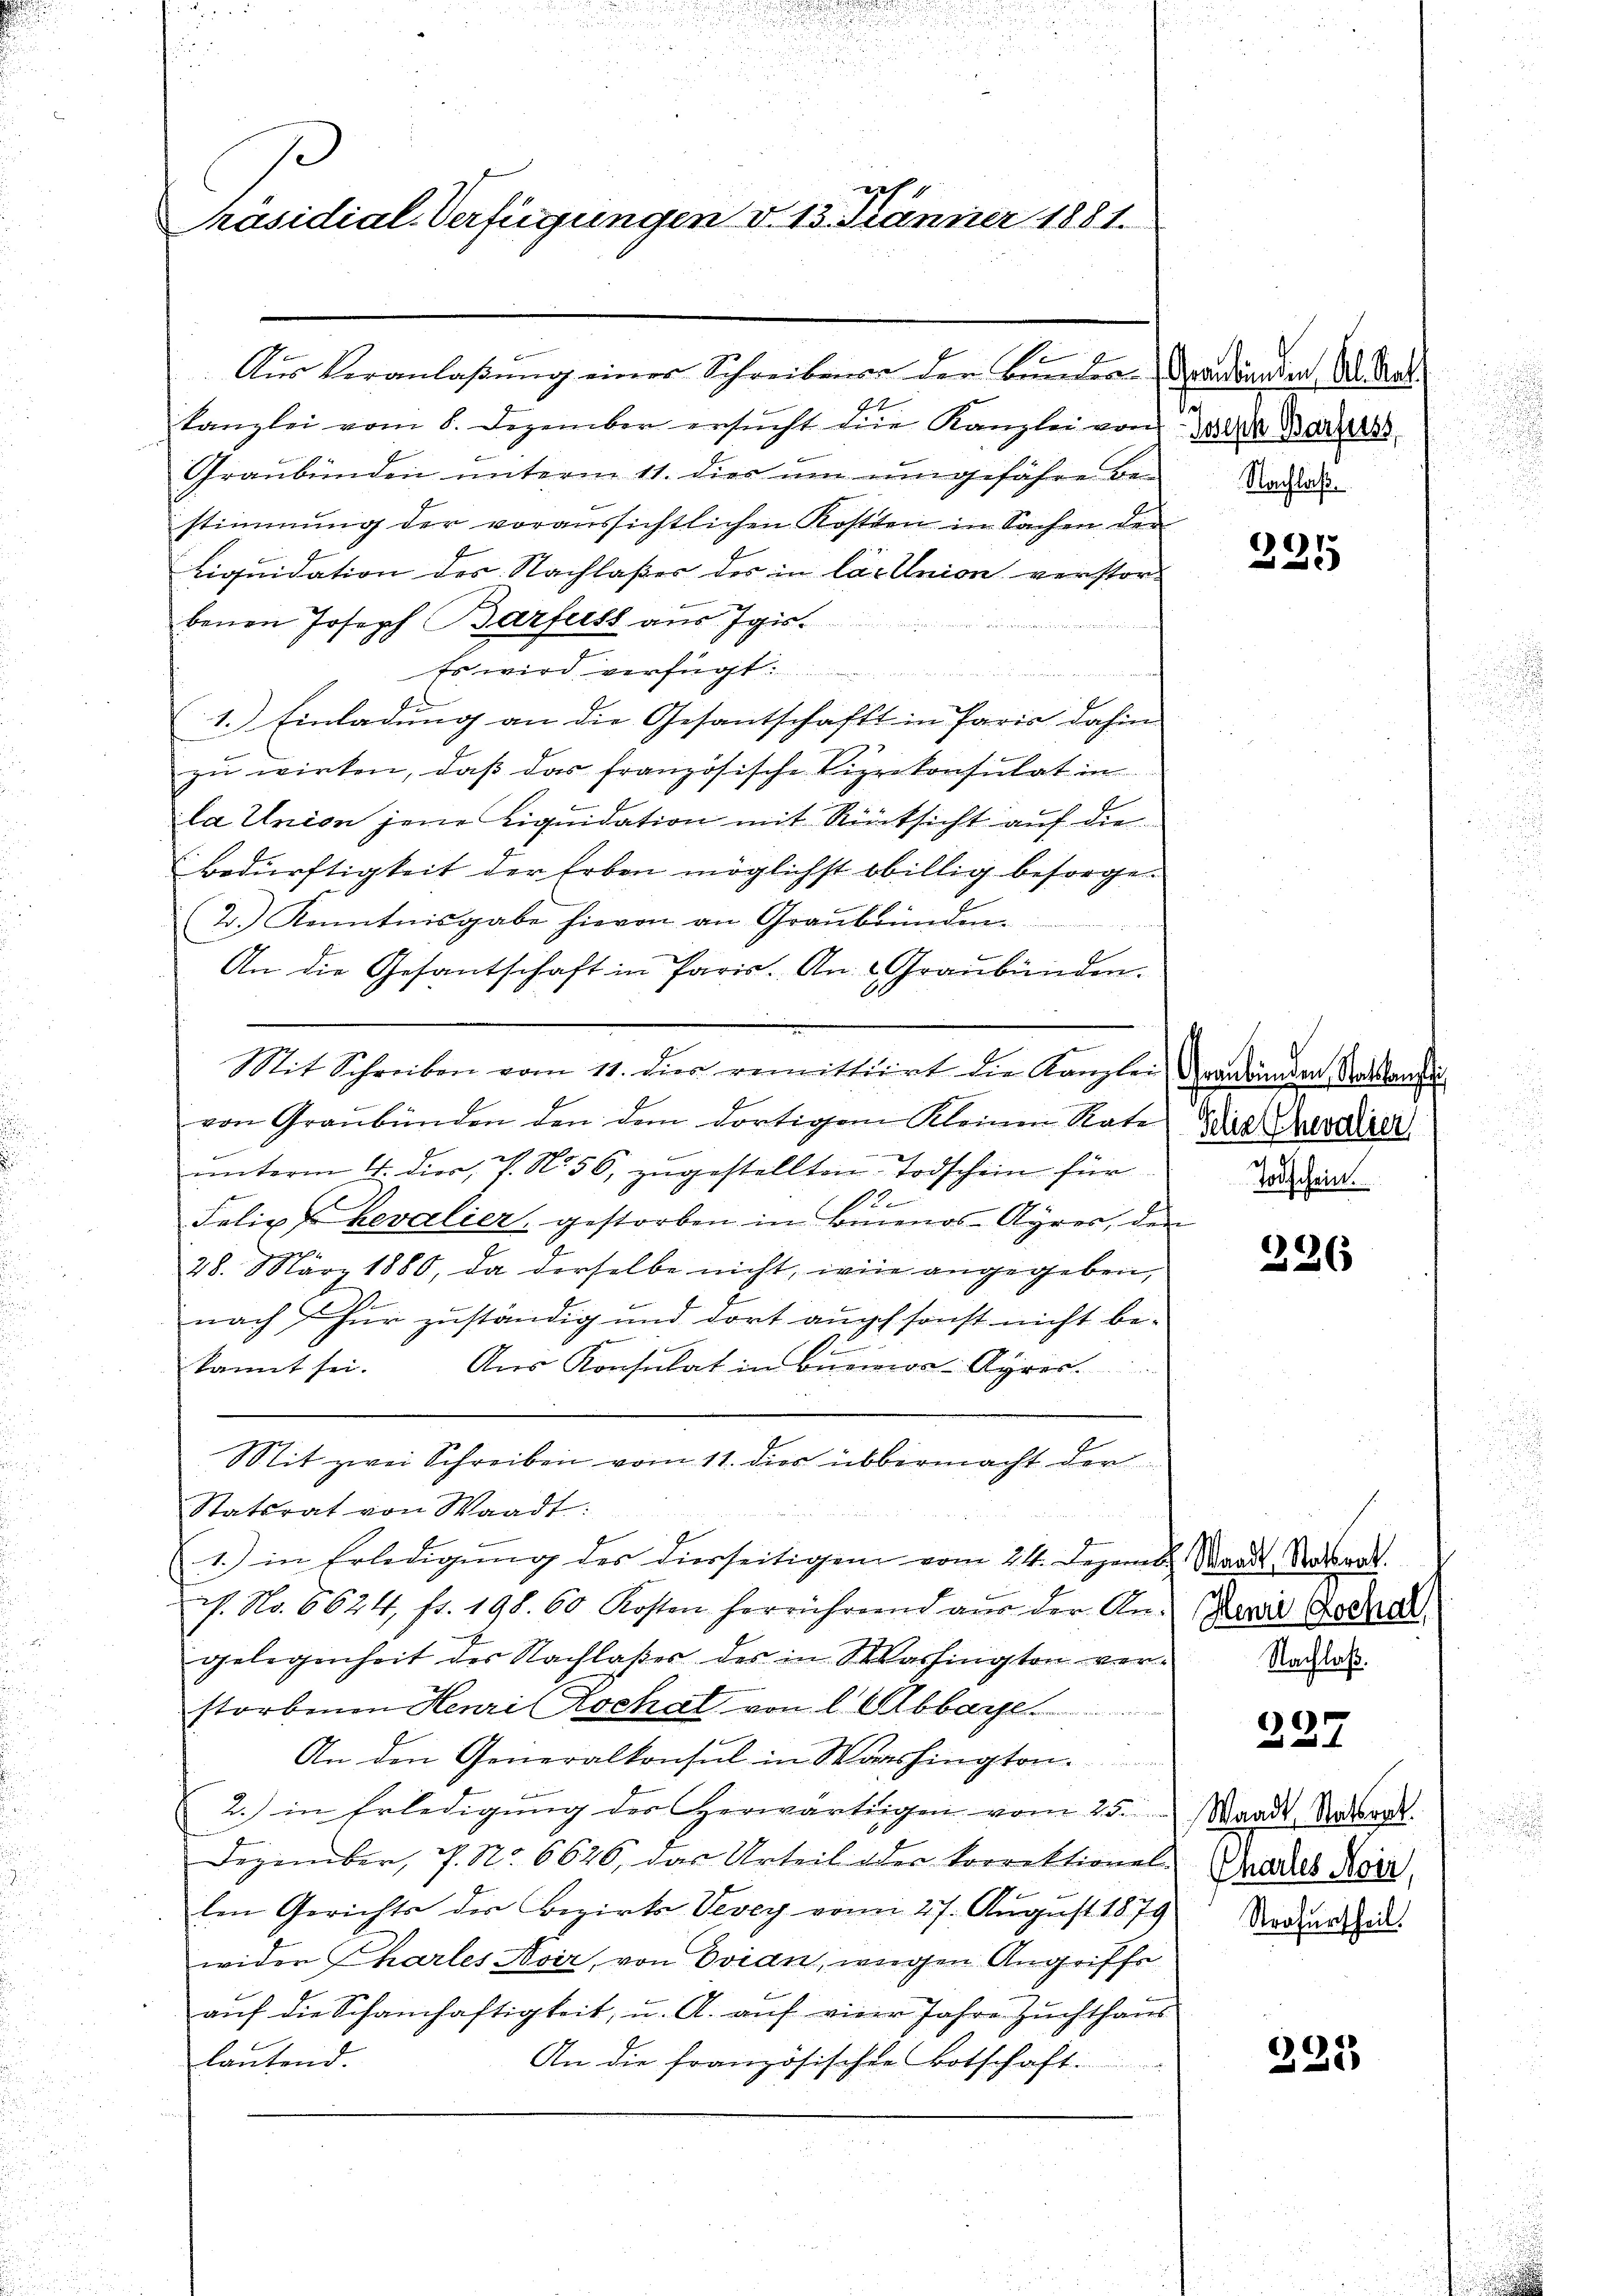
ge
Präsidial-Verfügungen d. 13. Jänner 1881.

Aus Veranlaßung einer Schreibenen den Bunden Brandianden, Al. Rat
2
kanzlei vom 8. Dezember ersucht die Kanzlei von
Graubünden unterm 11. dies um umgefähren Ban
stimmung der voraussichtlichen Kosten in Sachen der
Liquidation des Nachlaßes des in las Union verstorbenen Joseph Barfuss aus Igis.
Es wird verfügt:
1.) Einladung an die Gesantschaft in Paris dahin
zu wirken, daß das französische Vizekonsulat in
la Union jene Liquidation mit Rücksicht auf die
Bedürftigkeit der Erben möglichst obillig besorgen
(2.) Kenntnisgabe hievon an Graubünden.
An die Gesantschaft in Paris. An Graubünden.
Mit Schreiben vom 11. dies remittiert die Kanzlei Grandänden Todesandte
von Graubünden den dem dortigem Kleinen Rate die Chevalier
unterm 4. dier, V. N. 56, zugestellten Todschein für
e
Felix hevalier, gestorben in Buenos-Ayres, den
28. März 1880, da derselbe nicht, wie angegeben,
nach Chur zuständig und dort auch sonst nicht bekannt sei. Aus Konsulat in Buenos-Ayros.
n
Mit zwei Schreiben vom 11. dies übermacht der
Statsrat von Waadt:
1) in Erledigŭng des diesseitigen vom 24. Dezemb. Ward Notar
c. No. 6624 fr. 198. 60 Kosten herrührend aus der An- Brosi Gedral
gelegenheit des Nachlaßes des in Washington verstorbenen Henri Kochal von l. Abbar
An den Generalkonsul in Washington
2. in Erledigung des Herwärtigen vom 25.
Dezember, 7. No. 6626, das Urteil oder korrektionel-
len Gerichts der Bezirks Vevey vom 27. August 1879
wider Chartes vir, von Evian, wegen Angriffs
aŭf die Schamhaftigkeit, u. A. auf vier Jahre Zuchthaus
An die französischen Botschaft.
lautend.

t
Joseph Barfeiss,
Nachlaß

231

Todschein.

226

227

Waadt Statsrat.
Pharles Noir,
Strafurtheil.

225